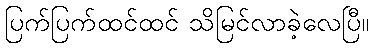
ပြက်ပြက်ထင်ထင် သိမြင်လာခဲ့လေပြီ။